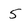
Character: 5